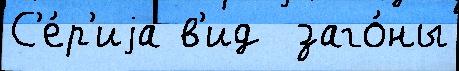
С'е́р'иjа в'ид  заго́ны